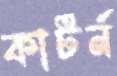
কাটর্ন